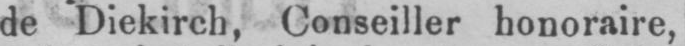
de Diekirch, Conseiller honoraire,